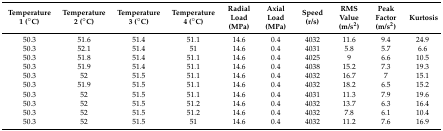
| Temperature 1 (°C) | Temperature 2 (°C) | Temperature 3 (°C) | Temperature 4 (°C) | Radial Load (MPa) | Axial Load (MPa) | Speed (r/s) | RMS Value (m/s2) | Peak Factor (m/s2) | Kurtosis |
 | --- | --- | --- | --- | --- | --- | --- | --- | --- | --- |
 | 50.3 | 51.6 | 51.4 | 51.1 | 14.6 | 0.4 | 4032 | 11.6 | 9.4 | 24.9 |
 | 50.3 | 52.1 | 51.4 | 51 | 14.6 | 0.4 | 4031 | 5.8 | 5.7 | 6.6 |
 | 50.3 | 51.8 | 51.4 | 51.1 | 14.6 | 0.4 | 4025 | 9 | 6.6 | 10.5 |
 | 50.3 | 51.9 | 51.4 | 51.1 | 14.6 | 0.4 | 4038 | 15.2 | 7.3 | 19.3 |
 | 50.3 | 52 | 51.5 | 51.1 | 14.6 | 0.4 | 4032 | 16.7 | 7 | 15.1 |
 | 50.3 | 51.9 | 51.5 | 51.1 | 14.6 | 0.4 | 4032 | 18.2 | 6.5 | 15.2 |
 | 50.3 | 52 | 51.5 | 51.1 | 14.6 | 0.4 | 4031 | 11.3 | 7.9 | 19.6 |
 | 50.3 | 52 | 51.5 | 51.2 | 14.6 | 0.4 | 4032 | 13.7 | 6.3 | 16.4 |
 | 50.3 | 52 | 51.5 | 51.2 | 14.6 | 0.4 | 4032 | 7.8 | 6.1 | 10.4 |
 | 50.3 | 52 | 51.5 | 51 | 14.6 | 0.4 | 4032 | 11.2 | 7.6 | 16.9 |